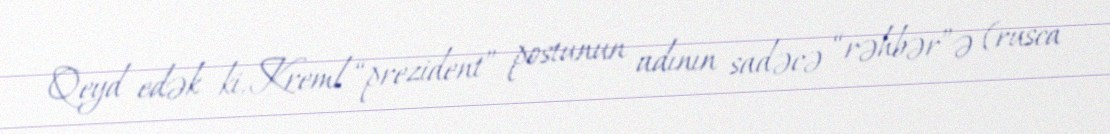
Qeyd edək ki, Kreml “prezident” postunun adının sadəcə “rəhbər”ə (rusca